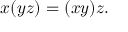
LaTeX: x ( y z ) = ( x y ) z .